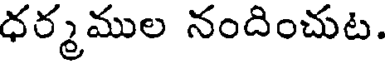
ధర్మముల నందించుట.